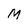
Character: M